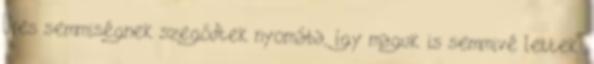
Üres semmiségnek szegődtek nyomába, így maguk is semmivé lettek.